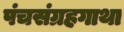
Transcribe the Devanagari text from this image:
पंचसंग्रहगाथा